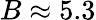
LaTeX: B\approx 5.3